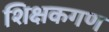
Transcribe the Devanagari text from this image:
शिक्षकगण